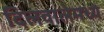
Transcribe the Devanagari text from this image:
दिलवालेमध्ये